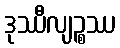
ဒုဿီလျဉ္စဿ